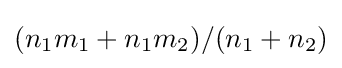
(n_{1}m_{1}+n_{1}m_{2})/(n_{1}+n_{2})